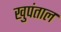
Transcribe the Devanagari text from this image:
खुपंताल